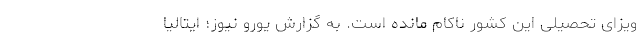
ویزای تحصیلی این کشور ناکام مانده است. به گزارش یورو نیوز؛ ایتالیا